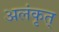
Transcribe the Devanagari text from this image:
अलंकृत्‌